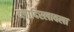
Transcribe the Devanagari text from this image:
व्लादिस्लावला